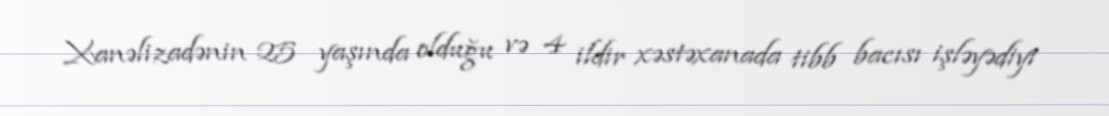
Xanəlizadənin 25 yaşında olduğu və 4 ildir xəstəxanada tibb bacısı işləyədiyi